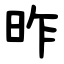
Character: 昨